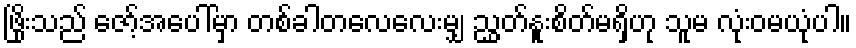
ဖြိုးသည် ဇော့်အပေါ်မှာ တစ်ခါတလေလေးမျှ ညွှတ်နူးစိတ်မရှိဟု သူမ လုံးဝမယုံပါ။